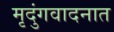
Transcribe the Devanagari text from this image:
मृदुंगवादनात